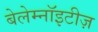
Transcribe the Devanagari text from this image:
बेलेम्नॉइटीज़